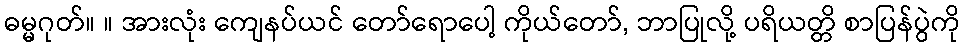
ဓမ္မဂုတ်။ ။ အားလုံး ကျေနပ်ယင် တော်ရောပေါ့ ကိုယ်တော်, ဘာပြုလို့ ပရိယတ္တိ စာပြန်ပွဲကို